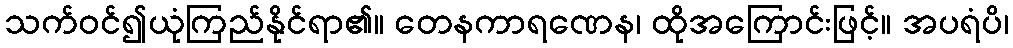
သက်ဝင်၍ယုံကြည်နိုင်ရာ၏။ တေနကာရဏေန၊ ထိုအကြောင်းဖြင့်။ အပရံပိ၊